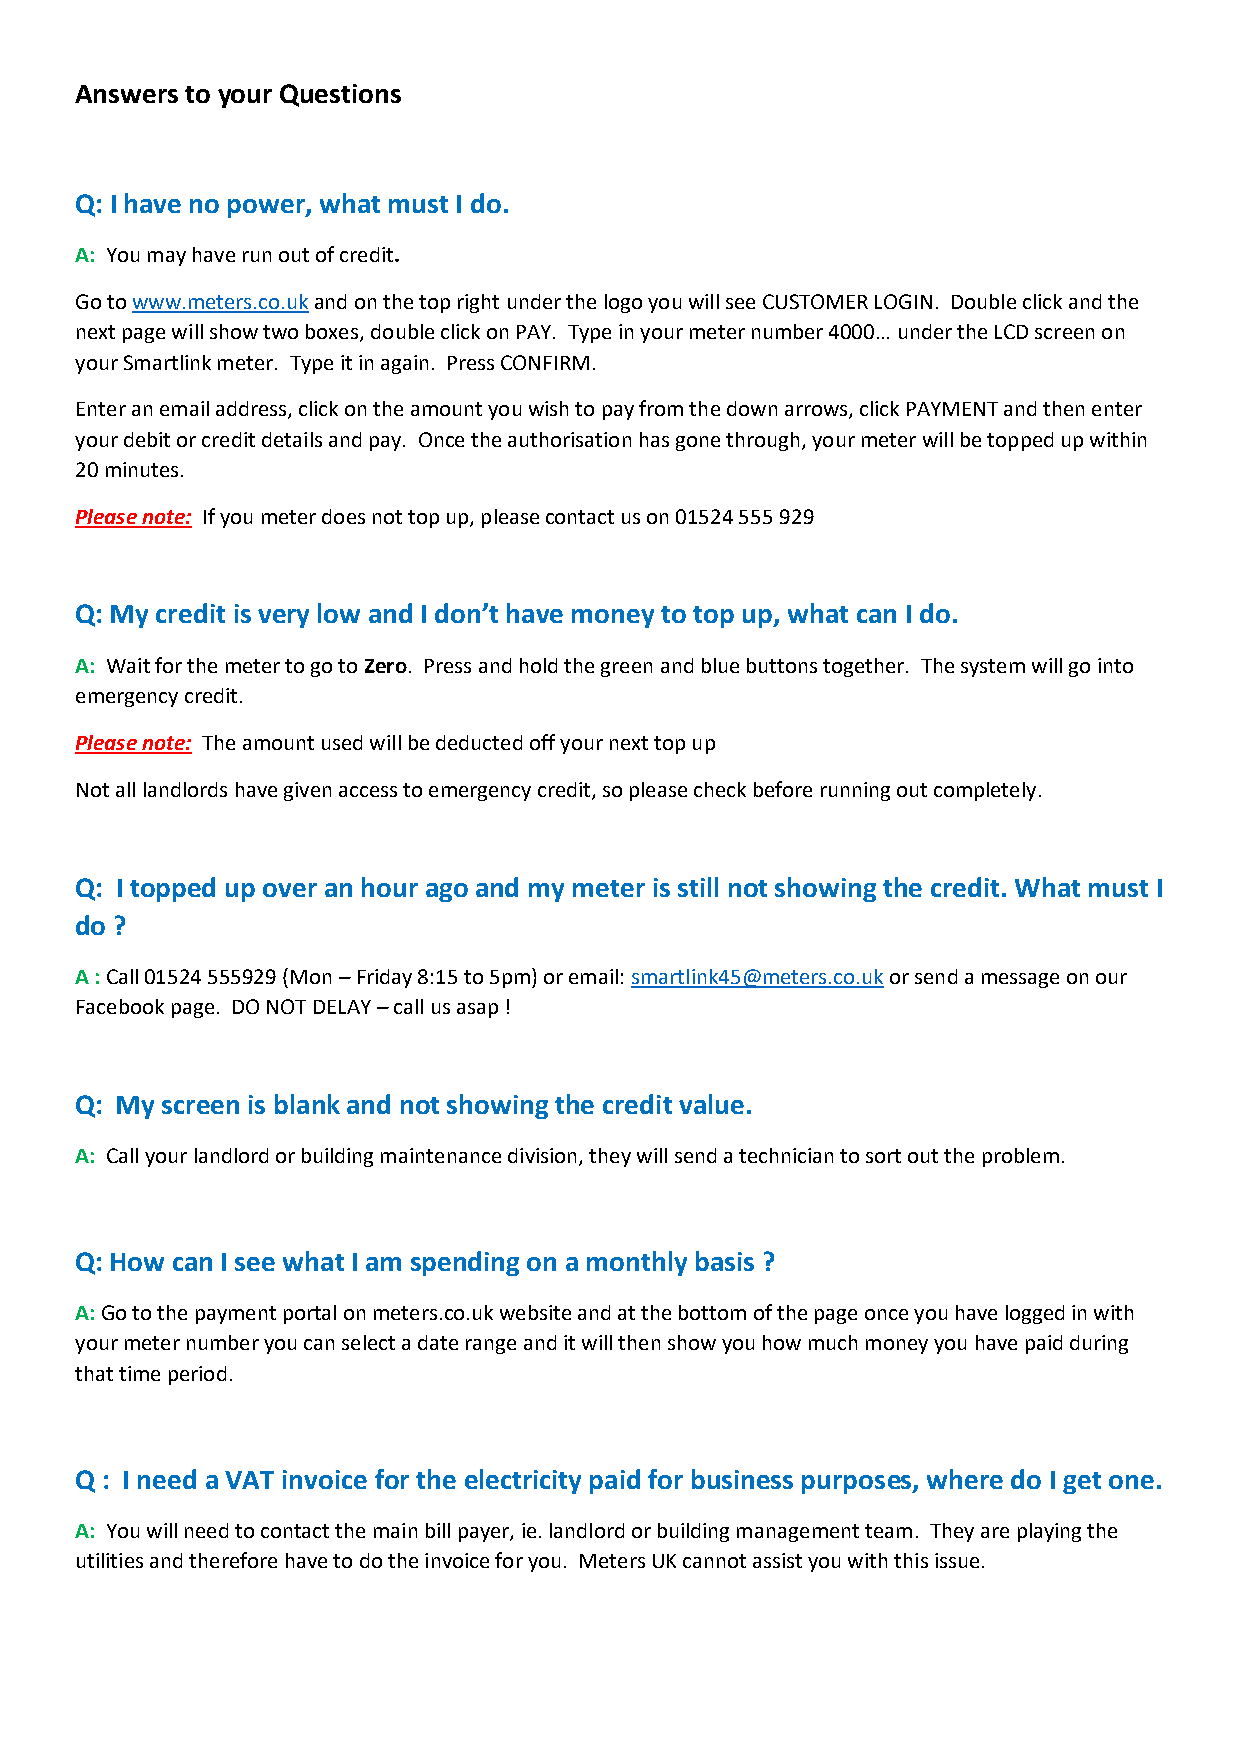
Answers to your Questions
 Q: I have no power, what must I do.
 A: You may have run out of credit.
 Go to www.meters.co.uk and on the top right under the logo you will see CUSTOMER LOGIN. Double click and the
 next page will show two boxes, double click on PAY. Type in your meter number 4000… under the LCD screen on
 your Smartlink meter. Type it in again. Press CONFIRM.
 Enter an email address, click on the amount you wish to pay from the down arrows, click PAYMENT and then enter
 your debit or credit details and pay. Once the authorisation has gone through, your meter will be topped up within
 20 minutes.
 Please note: If you meter does not top up, please contact us on 01524 555 929
 Q: My credit is very low and I don’t have money to top up, what can I do.
 A: Wait for the meter to go to Zero. Press and hold the green and blue buttons together. The system will go into
 emergency credit.
 Please note: The amount used will be deducted off your next top up
 Not all landlords have given access to emergency credit, so please check before running out completely.
 Q: I topped up over an hour ago and my meter is still not showing the credit. What must I
 do ?
 A : Call 01524 555929 (Mon – Friday 8:15 to 5pm) or email: smartlink45@meters.co.uk or send a message on our
 Facebook page. DO NOT DELAY – call us asap !
 Q: My screen is blank and not showing the credit value.
 A: Call your landlord or building maintenance division, they will send a technician to sort out the problem.
 Q: How can I see what I am spending on a monthly basis ?
 A: Go to the payment portal on meters.co.uk website and at the bottom of the page once you have logged in with
 your meter number you can select a date range and it will then show you how much money you have paid during
 that time period.
 Q : I need a VAT invoice for the electricity paid for business purposes, where do I get one.
 A: You will need to contact the main bill payer, ie. landlord or building management team. They are playing the
 utilities and therefore have to do the invoice for you. Meters UK cannot assist you with this issue.